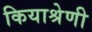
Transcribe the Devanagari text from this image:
कियाश्रेणी